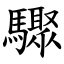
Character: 驟